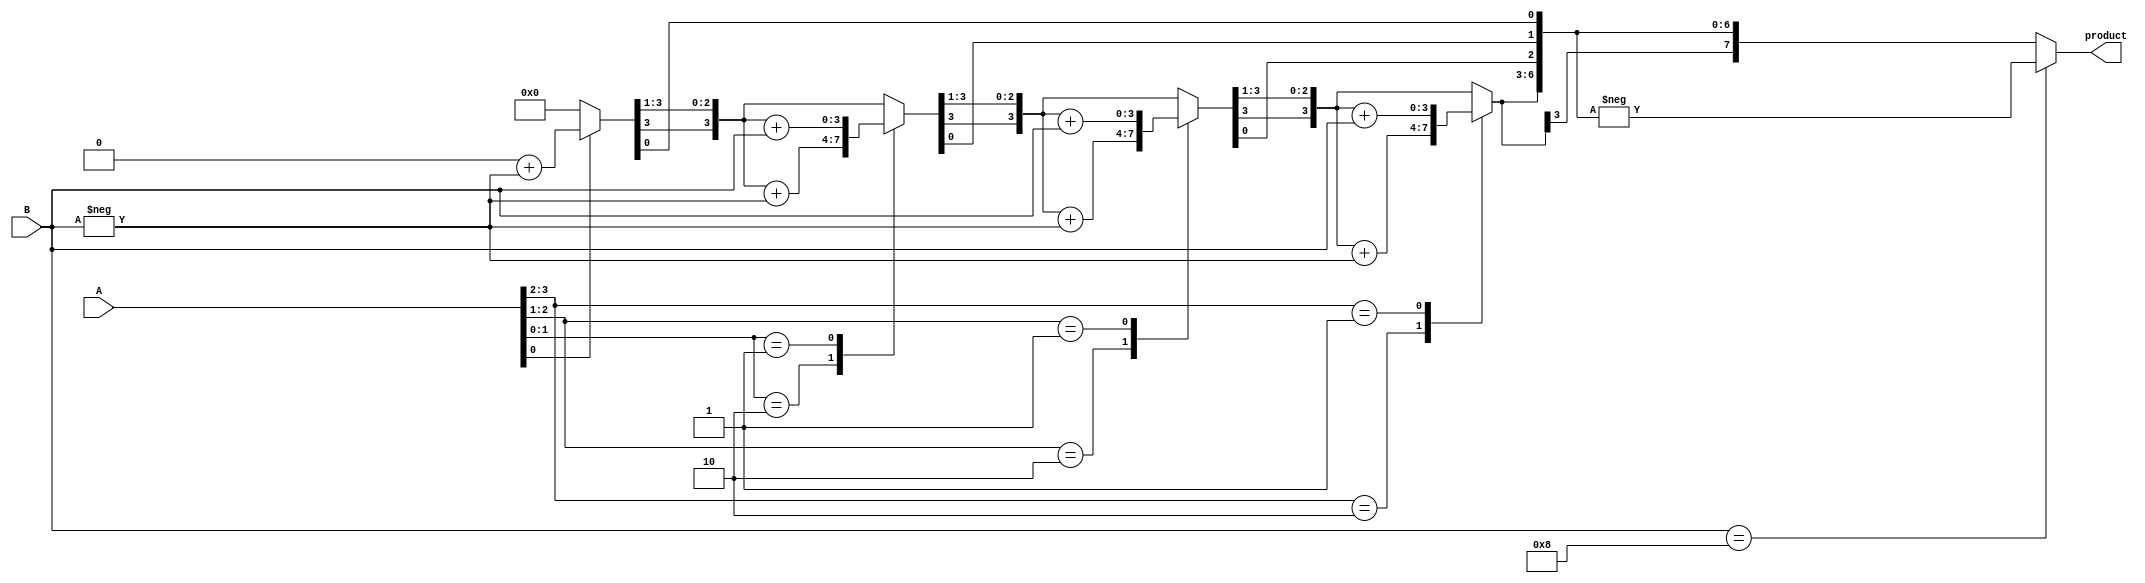
module booth_signed_multiplier_4(product, A, B);
       input signed [3:0] A, B;
       output signed [7:0] product;
       reg [7:0] product;
       reg [1:0] temp;
       integer i;
       reg E1;
       reg [3:0] B1;

       always @ (*) begin
         product = 8'd0;
         E1 = 1'd0;
         B1 = -B;
         for (i = 0; i < 4; i = i + 1) begin
           temp = {A[i], E1};
           case (temp)
             2'd2 : product[7:4] = product[7:4] + B1;
             2'd1 : product[7:4] = product[7:4] + B;
           default : begin end
           endcase
           product = product >> 1; // Logical Shift Right
           product[7] = product[6]; // Preserve the sign bit
           E1 = A[i];
         end

         if (B == 4'd8) begin
           product = - product;
         end
       end
endmodule